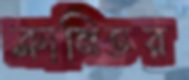
ক্লানিতর